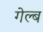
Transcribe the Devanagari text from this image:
गेल्ब